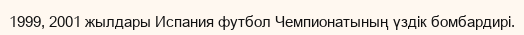
1999, 2001 жылдары Испания футбол Чемпионатының үздік бомбардирі.